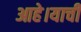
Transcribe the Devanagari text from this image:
आहे।याची